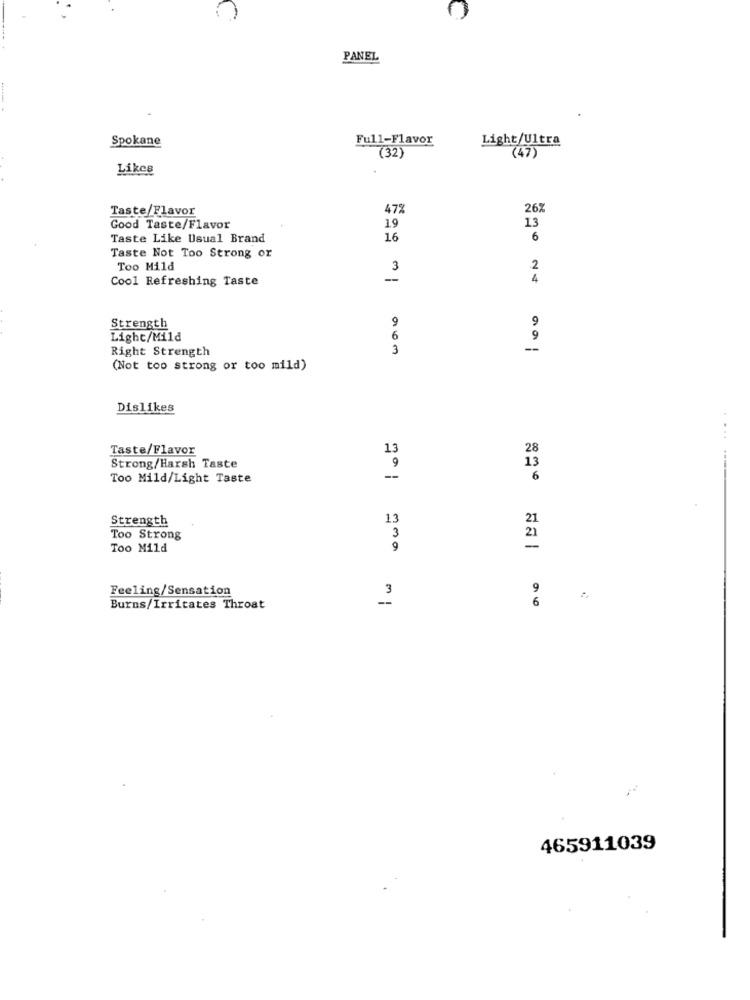
PANEL
Spokane
Full-Flavor
Light/Ultra
(32)
(47)
Likea
Taste/Flavor
47%
26
Good Taste/Flavor
19
13
Taste Like Usual Brand
16
6
Taste Not Too Strong or
Too Mild
3
2
Cool Refreshing Taste
4
9
9
Strength
Light/Mild
6
9
Right Strength
3
(Not too strong or too mild)
Dislikes
Taste/Flavor
13
28
Strong/Harsh Taste
9
13
Too Mild/Light Taste
6
Strength
13
21
Too Strong
3
21
Too Mild
9
Feeling/Sensation
3
9
-
Burns/Irritates Throat
465911039